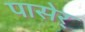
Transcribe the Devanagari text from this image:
पासेर्